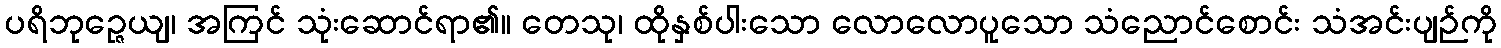
ပရိဘုဉ္ဇေယျ၊ အကြင် သုံးဆောင်ရာ၏။ တေသု၊ ထိုနှစ်ပါးသော လောလောပူသော သံညောင်စောင်း သံအင်းပျဉ်ကို